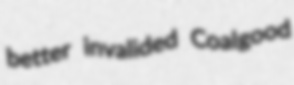
better invalided Coalgood